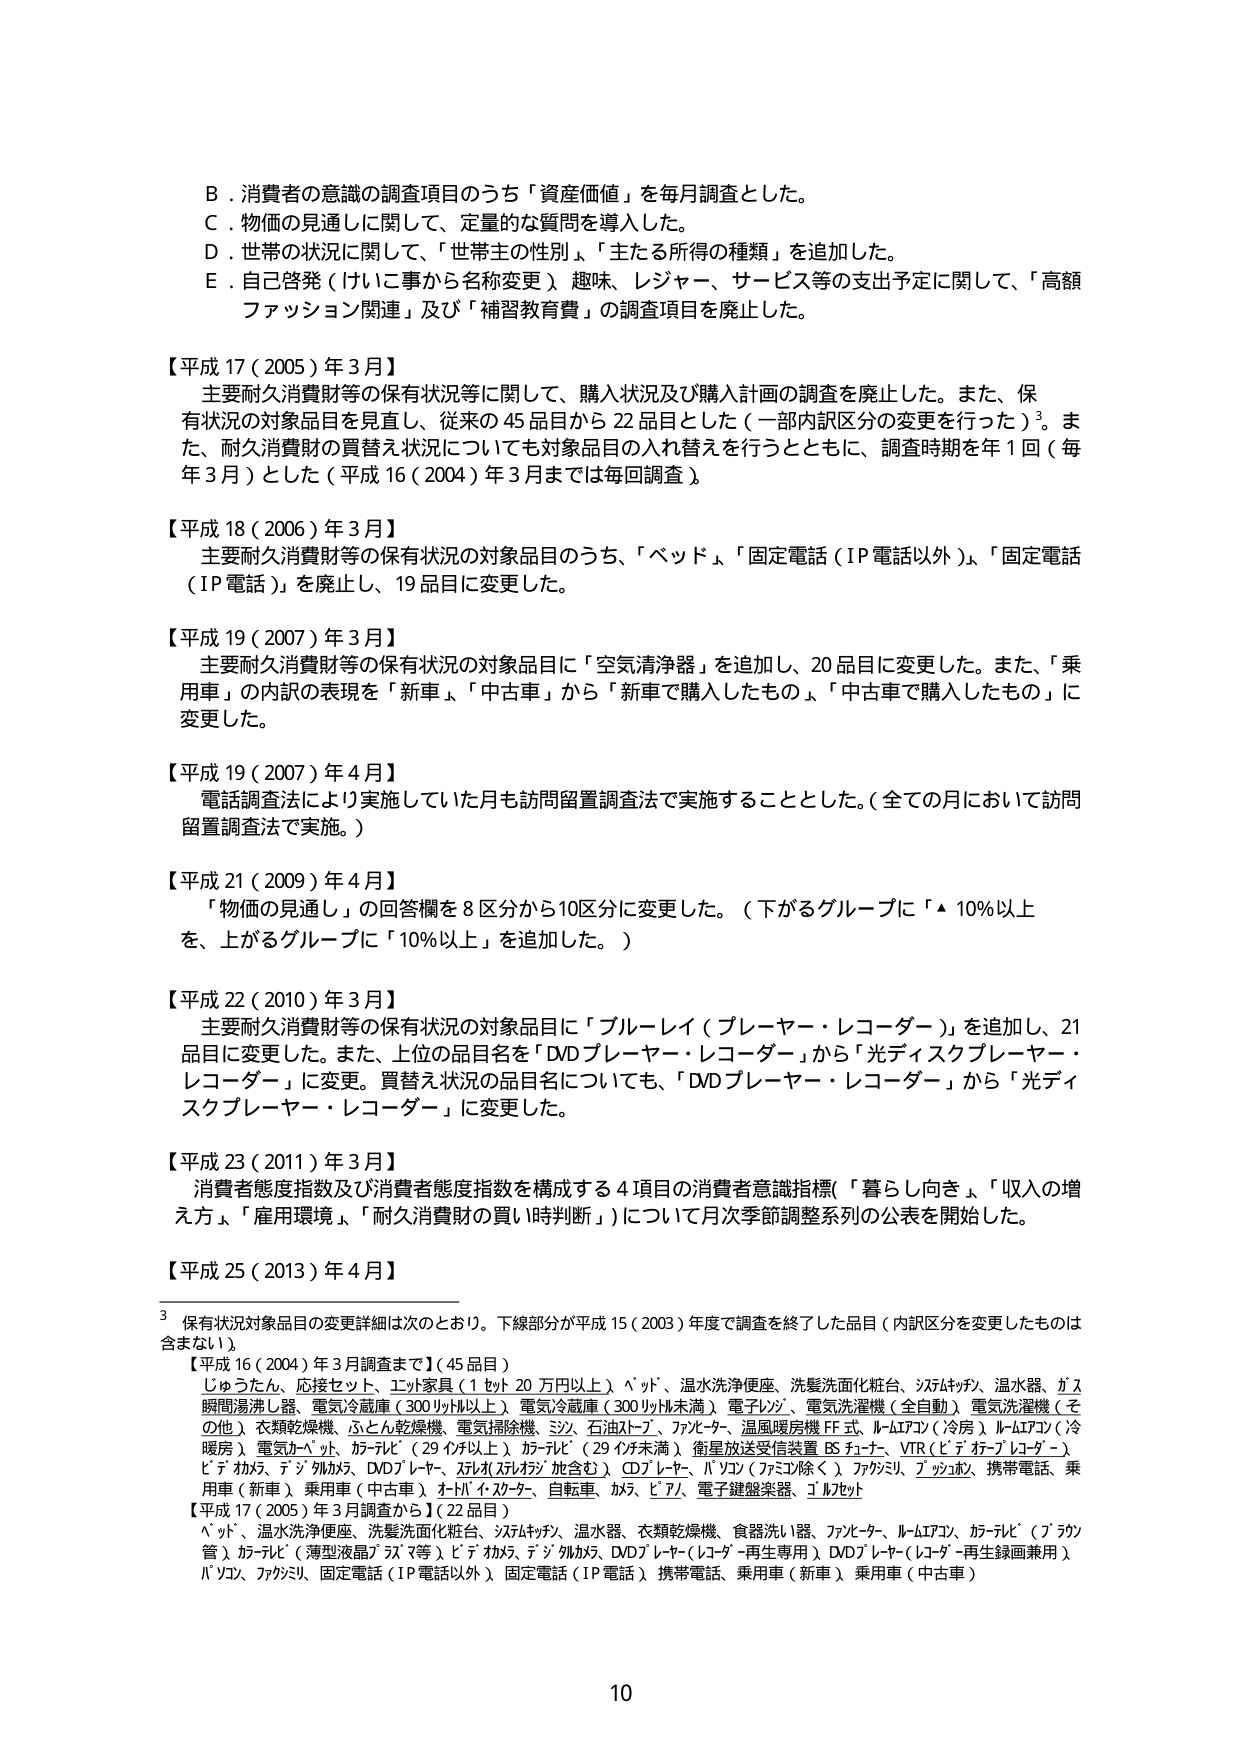
B．消費者の意識の調査項目のうち「資産価値」を毎月調査とした。
C．物価の見通しに関して、定量的な質問を導入した。
D．世帯の状況に関して、「世帯主の性別」、「主たる所得の種類」を追加した。
E．自己啓発（けいこ事から名称変更）、趣味、レジャー、サービス等の支出予定に関して、「高額ファッション関連」及び「補習教育費」の調査項目を廃止した。

【平成17（2005）年3月】
主要耐久消費財等の保有状況等に関して、購入状況及び購入計画の調査を廃止した。また、保有状況の対象品目を見直し、従来の45品目から22品目とした（一部内訳区分の変更を行った）³。また、耐久消費財の買替え状況についても対象品目の入れ替えを行うとともに、調査時期を年1回（毎年3月）とした（平成16（2004）年3月までは毎回調査）。

【平成18（2006）年3月】
主要耐久消費財等の保有状況の対象品目うち、「ベッド」、「固定電話（IP電話以外）」、「固定電話（IP電話）」を廃止し、19品目に変更した。

【平成19（2007）年3月】
主要耐久消費財等の保有状況の対象品目に「空気清浄器」を追加し、20品目に変更した。また、「乗用車」の内訳の表現を「新車」、「中古車」から「新車で購入したもの」、「中古車で購入したもの」に変更した。

【平成19（2007）年4月】
電話調査法により実施していた月も訪問留置調査法で実施することとした。（全ての月において訪問留置調査法で実施。）

【平成21（2009）年4月】
「物価の見通し」の回答欄を8区分から10区分に変更した。（下がるグループに「▲10％以上を、上がるグループに「10％以上」を追加した。）

【平成22（2010）年3月】
主要耐久消費財等の保有状況の対象品目に「ブルーレイ（プレーヤー・レコーダー）」を追加し、21品目に変更した。また、上位の品目名を「DVDプレーヤー・レコーダー」から「光ディスクプレーヤー・レコーダー」に変更。買替え状況の品目名についても、「DVDプレーヤー・レコーダー」から「光ディスクプレーヤー・レコーダー」に変更した。

【平成23（2011）年3月】
消費者態度指数及び消費者態度指数を構成する4項目の消費者意識指標（「暮らし向き」、「収入の増え方」、「雇用環境」、「耐久消費財の買い時判断」）について月次季節調整系列の公表を開始した。

【平成25（2013）年4月】

³ 保有状況対象品目の変更詳細は次のとおり。下線部分が平成15（2003）年度で調査を終了した品目（内訳区分を変更したもののは含まない）。
【平成16（2004）年3月調査まで】（45品目）
じゅうたん、応接セット、エレクトロニクス（1セット20万円以上）、ベッド、温水洗浄便座、洗髪洗面化粧台、システムキッチン、温水器、ガス瞬間湯沸し器、電気冷蔵庫（300リットル以上）、電気冷蔵庫（300リットル未満）、電子レンジ、電気洗濯機（全自動）、電気洗濯機（その他）、衣類乾燥機、ふとん乾燥機、電気掃除機、ミシン、石油ストーブ、ファンヒーター、温風暖房機FF式、ルームエアコン（冷房）、ルームエアコン（冷暖房）、電気カーペット、カーテン（29インチ以上）、カーテン（29インチ未満）、衛星放送受信装置BSチューナー、VTR（ビデオテープレコーダー）、ビデオカメラ、デジタルカメラ、DVDプレーヤー、スパイラル（スパイラル放送含む）、CDプレーヤー、パソコン（ファミコン除く）、ファクシミリ、デジタルカメラ、携帯電話、乗用車（新車）、乗用車（中古車）、ホームビデオ、自転車、カメラ、ビデオ、電子鍵盤楽器、ゴルフセット

【平成17（2005）年3月調査から】（22品目）
ベッド、温水洗浄便座、洗髪洗面化粧台、システムキッチン、温水器、衣類乾燥機、食器洗い器、ファンヒーター、ルームエアコン、カーテン（フラット管）、カーテン（薄型液晶75インチ等）、ビデオカメラ、デジタルカメラ、DVDプレーヤー（レコーダー再生専用）、DVDプレーヤー（レコーダー再生録画兼用）、パソコン、ファクシミリ、固定電話（IP電話以外）、固定電話（IP電話）、携帯電話、乗用車（新車）、乗用車（中古車）

10